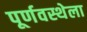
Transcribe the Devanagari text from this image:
पूर्णवस्थेला